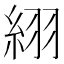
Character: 䋚